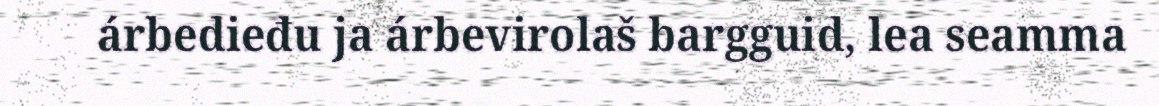
árbedieđu ja árbevirolaš bargguid, lea seamma